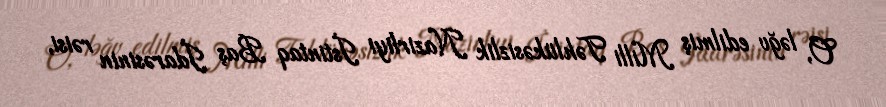
O, ləğv edilmiş Milli Təhlükəsizlik Nazirliyi İstintaq Baş İdarəsinin rəisi,